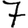
Digit: 7